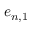
e _ { n , 1 }